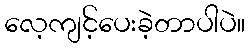
လေ့ကျင့်ပေးခဲ့တာပါပဲ။